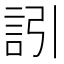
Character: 訠